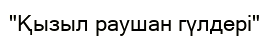
"Қызыл раушан гүлдері"